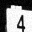
Digit: 4